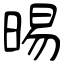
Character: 晹